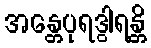
အန္တေပုရဒွါရန္တိ